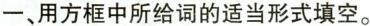
一、用方框中所给词的适当形式填空。